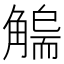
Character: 𧤬